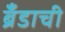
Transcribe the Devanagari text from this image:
ब्रँडाची